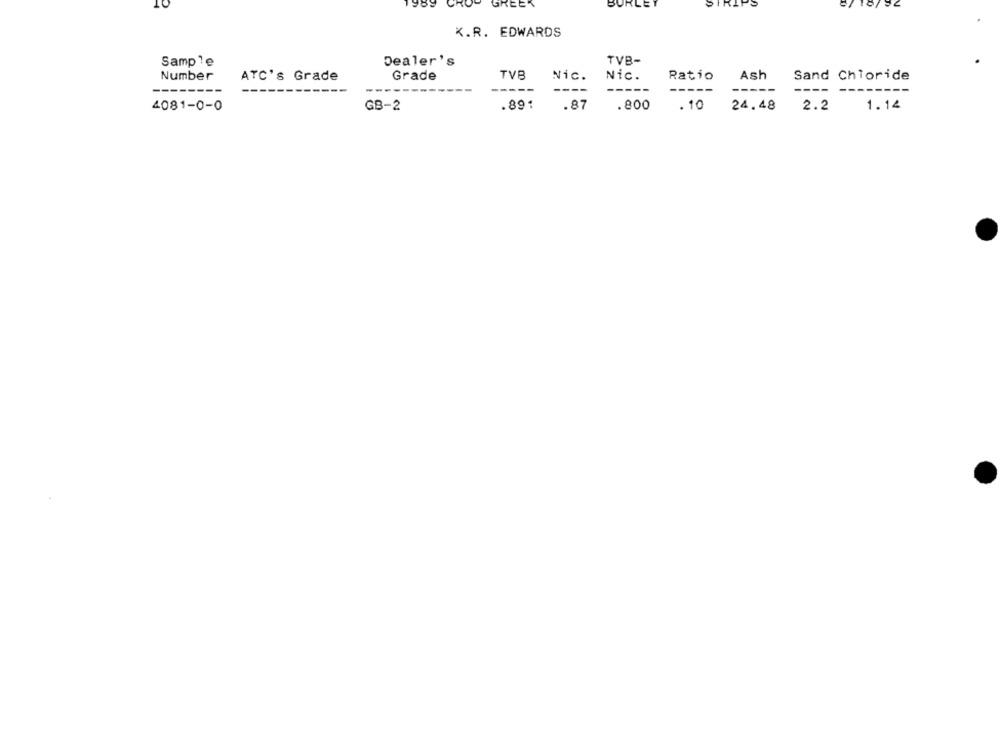
10
1989
CROP
GREEK
URLET
STRIPS
.R. EDWARDS
TVB-
Sample
Dealer's
Number
Grade
TVB
Nic.
Nic.
Ash
Sand Chloride
ATC's Grade
Ratio
--------
----
----
-----
----
-----
.891
4081-0-0
GB-2
.87
.800
.10
24.48
2.2 1.14